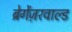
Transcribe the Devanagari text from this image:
ब्रेगेंज़रवाल्ड